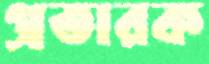
প্রতারক